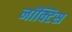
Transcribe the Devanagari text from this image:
नॉक्टिस